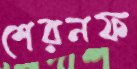
শেরনফ